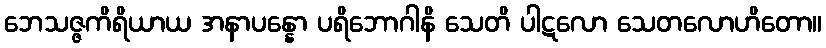
ဘေသဇ္ဇကိရိယာယ အနာပန္နော ပရိဘောဂါနိ သေတိ ပါဋလော သေတလောဟိတော။